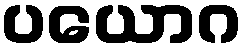
ပယောဂ